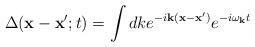
LaTeX: \begin{align*}\Delta({\bf x}-{\bf x}';t) = \int dk e^{-i {\bf k}({\bf x}-{\bf x}')} e^{-i \omega_{\bf k} t}\end{align*}